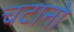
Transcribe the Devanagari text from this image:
चटानो